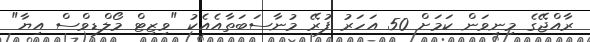
ރާއްޖޭގެ މިނިވަން ކަމަށް 50 އަހަރު ފުރޭ މުނާސަބަތާއެއެކު "ވިޒިޓް މޯލްޑިވްސް އިޔާ"